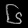
Digit: ၆